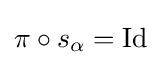
\pi \circ s_{\alpha }=\operatorname {Id}